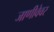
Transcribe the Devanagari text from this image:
जाणीवेवर